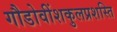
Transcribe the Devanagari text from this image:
गौडोवींशकुलप्रशस्ति